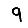
Digit: 9